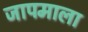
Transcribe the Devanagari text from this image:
जापमाला